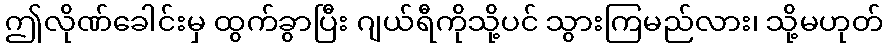
ဤလိုဏ်ခေါင်းမှ ထွက်ခွာပြီး ဂျယ်ရီကိုသို့ပင် သွားကြမည်လား၊ သို့မဟုတ်